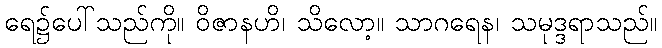
ရေ၌ပေါ်သည်ကို။ ဝိဇာနဟိ၊ သိလော့။ သာဂရေန၊ သမုဒ္ဒရာသည်။